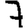
Digit: 7